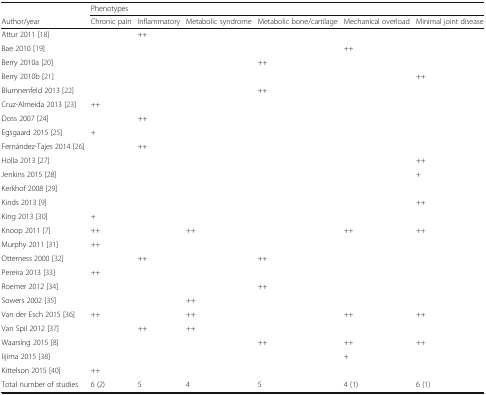
<table><thead><tr><td></td><td colspan="6"><b>Phenotypes</b></td></tr><tr><td><b>Author/year</b></td><td><b>Chronic pain</b></td><td><b>Inflammatory</b></td><td><b>Metabolic syndrome</b></td><td><b>Metabolic bone/cartilage</b></td><td><b>Mechanical overload</b></td><td><b>Minimal joint disease</b></td></tr></thead><tbody><tr><td>Attur 2011 [18]</td><td></td><td>++</td><td></td><td></td><td></td><td></td></tr><tr><td>Bae 2010 [19]</td><td></td><td></td><td></td><td></td><td>++</td><td></td></tr><tr><td>Berry 2010a [20]</td><td></td><td></td><td></td><td>++</td><td></td><td></td></tr><tr><td>Berry 2010b [21]</td><td></td><td></td><td></td><td></td><td></td><td>++</td></tr><tr><td>Blumnenfeld 2013 [22]</td><td></td><td></td><td></td><td>++</td><td></td><td></td></tr><tr><td>Cruz-Almeida 2013 [23]</td><td>++</td><td></td><td></td><td></td><td></td><td></td></tr><tr><td>Doss 2007 [24]</td><td></td><td>++</td><td></td><td></td><td></td><td></td></tr><tr><td>Egsgaard 2015 [25]</td><td>+</td><td></td><td></td><td></td><td></td><td></td></tr><tr><td>Fernández-Tajes 2014 [26]</td><td></td><td>++</td><td></td><td></td><td></td><td></td></tr><tr><td>Holla 2013 [27]</td><td></td><td></td><td></td><td></td><td></td><td>++</td></tr><tr><td>Jenkins 2015 [28]</td><td></td><td></td><td></td><td></td><td></td><td>+</td></tr><tr><td>Kerkhof 2008 [29]</td><td></td><td></td><td></td><td></td><td></td><td></td></tr><tr><td>Kinds 2013 [9]</td><td></td><td></td><td></td><td></td><td></td><td>++</td></tr><tr><td>King 2013 [30]</td><td>+</td><td></td><td></td><td></td><td></td><td></td></tr><tr><td>Knoop 2011 [7]</td><td>++</td><td></td><td>++</td><td></td><td>++</td><td>++</td></tr><tr><td>Murphy 2011 [31]</td><td>++</td><td></td><td></td><td></td><td></td><td></td></tr><tr><td>Otterness 2000 [32]</td><td></td><td>++</td><td></td><td>++</td><td></td><td></td></tr><tr><td>Pereira 2013 [33]</td><td>++</td><td></td><td></td><td></td><td></td><td></td></tr><tr><td>Roemer 2012 [34]</td><td></td><td></td><td></td><td>++</td><td></td><td></td></tr><tr><td>Sowers 2002 [35]</td><td></td><td></td><td>++</td><td></td><td></td><td></td></tr><tr><td>Van der Esch 2015 [36]</td><td>++</td><td></td><td>++</td><td></td><td>++</td><td>++</td></tr><tr><td>Van Spil 2012 [37]</td><td></td><td>++</td><td>++</td><td></td><td></td><td></td></tr><tr><td>Waarsing 2015 [8]</td><td></td><td></td><td></td><td>++</td><td>++</td><td>++</td></tr><tr><td>Iijima 2015 [38]</td><td></td><td></td><td></td><td></td><td>+</td><td></td></tr><tr><td>Kittelson 2015 [40]</td><td>++</td><td></td><td></td><td></td><td></td><td></td></tr><tr><td>Total number of studies</td><td>6 (2)</td><td>5</td><td>4</td><td>5</td><td>4 (1)</td><td>6 (1)</td></tr></tbody></table>